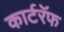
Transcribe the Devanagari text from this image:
कार्टरॅफ